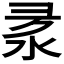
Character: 𢑙